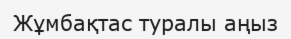
Жұмбақтас туралы аңыз